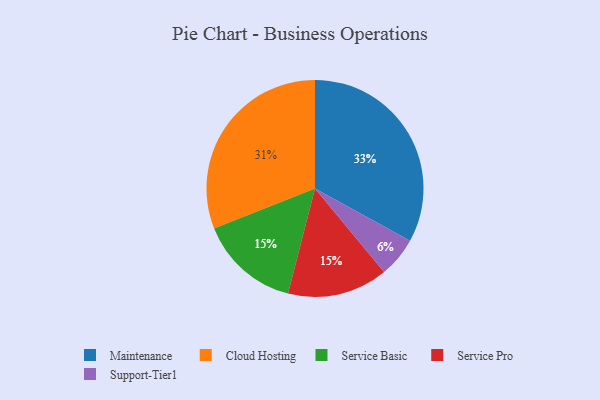
{"axis": {"x": "Category", "y": "Percentage"}, "legend": ["Cloud Hosting", "Maintenance", "Service Basic", "Service Pro", "Support-Tier1"], "data": [{"x": "Service Basic", "y": 15, "type": "Service Basic"}, {"x": "Cloud Hosting", "y": 31, "type": "Cloud Hosting"}, {"x": "Support-Tier1", "y": 6, "type": "Support-Tier1"}, {"x": "Service Pro", "y": 15, "type": "Service Pro"}, {"x": "Maintenance", "y": 33, "type": "Maintenance"}]}